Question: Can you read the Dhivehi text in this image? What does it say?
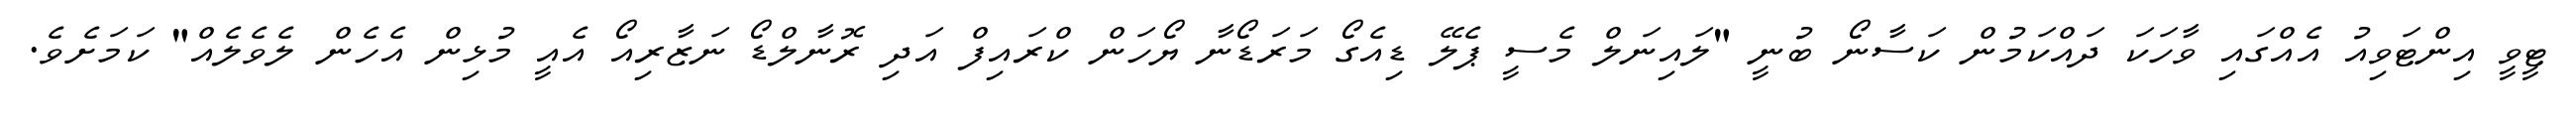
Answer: ޓީވީ އިންޓަވިއު އެއްގައި ވާހަކަ ދައްކަމުން ކަސާނޯ ބުނީ "ލައިނަލް މެސީ ޕެލޭ ޑިއެގޯ މަރަޑޯނާ ޔޯހަން ކްރައިފް އަދި ރޮނާލްޑޯ ނަޒާރިއޯ އެއީ މުޅިން އެހެން ލެވެލެއް" ކަމަށެވެ.